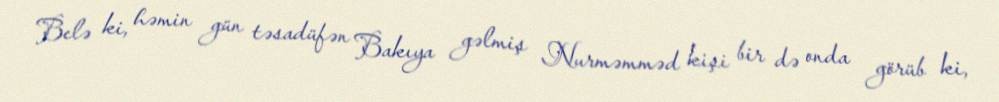
Belə ki, həmin gün təsadüfən Bakıya gəlmiş Nurməmməd kişi bir də onda görüb ki,